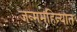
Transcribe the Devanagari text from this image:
जन्ममहिन्यात